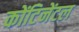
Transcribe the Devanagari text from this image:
कोंटिनेंटल